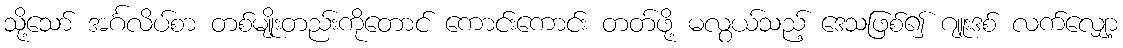
သို့သော် အင်္ဂလိပ်စာ တစ်မျိုးတည်းကိုတောင် ကောင်းကောင်း တတ်ဖို့ မလွယ်သည့် ဒေသဖြစ်၍ ဂျူးဒစ် လက်လျှော့